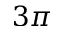
3 \pi